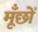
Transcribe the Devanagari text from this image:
मूँछों